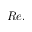
R e .